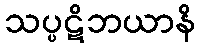
သပ္ပဋိဘယာနိ